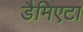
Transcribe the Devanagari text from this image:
डैमिएटा